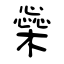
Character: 橤